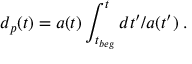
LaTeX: d _ { p } ( t ) = a ( t ) \int _ { t _ { b e g } } ^ { t } d t ^ { \prime } / a ( t ^ { \prime } ) \; .